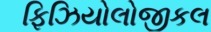
ફિઝિયોલોજીકલ